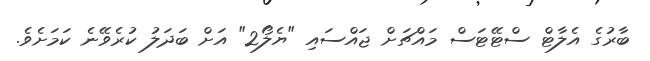
ބާރުގެ އެލާޓް ސްޓޭޓަސް މައްޗަށް ޖައްސައި "ޔެލޯ2" އަށް ބަދަލު ކުރެވޭނެ ކަމަށެވެ.